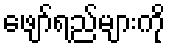
ဖျော်ရည်များကို